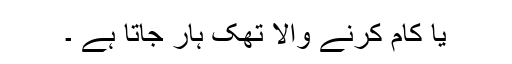
یا کام کرنے والا تھک ہار جاتا ہے ۔